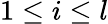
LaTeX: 1\le i\le l